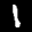
Label: 1